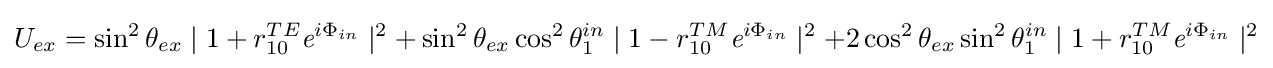
U_{ex}=\sin ^{2}\theta _{ex}\mid 1+r_{10}^{TE}{\textit {e}}^{i\Phi _{in}}\mid ^{2}+\sin ^{2}\theta _{ex}\cos ^{2}\theta _{1}^{in}\mid 1-r_{10}^{TM}{\textit {e}}^{i\Phi _{in}}\mid ^{2}+2\cos ^{2}\theta _{ex}\sin ^{2}\theta _{1}^{in}\mid 1+r_{10}^{TM}{\textit {e}}^{i\Phi _{in}}\mid ^{2}